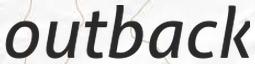
outback